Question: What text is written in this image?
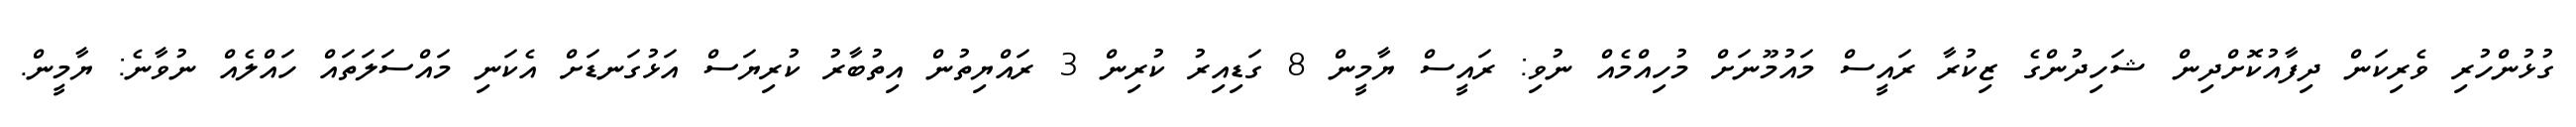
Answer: ގުޅުންހުރި ވެރިކަން ދިފާއުކޮށްދިން ޝަހިދުންގެ ޒިކުރާ ރައީސް މައުމޫނަށް މުހިއްމެއް ނުވި: ރައީސް ޔާމީން 8 ގަޑިއިރު ކުރިން 3 ރައްޔިތުން އިތުބާރު ކުރިޔަސް އަޅުގަނޑަށް އެކަނި މައްސަލަތައް ހައްލެއް ނުވާނެ: ޔާމީން.